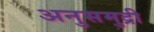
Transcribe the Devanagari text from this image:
अनुसमुद्री